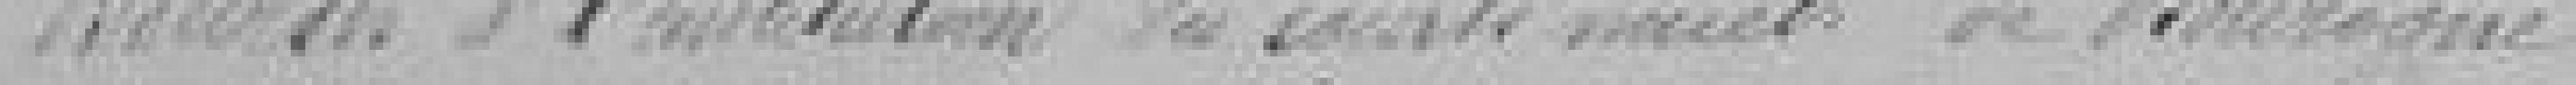
Recours à l'institution des sourds muets de Bourogne